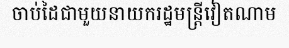
ចាប់ដៃជាមួយនាយករដ្ឋមន្ត្រីវៀតណាម